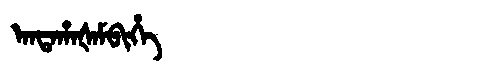
Manchu: ᠠᠨᡨᠠᡥᠠᡧᠠᠮᠪᡳᡥᡝ
Romanization: ANTAHAŠAMBIHE